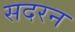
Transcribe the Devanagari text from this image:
सदरन